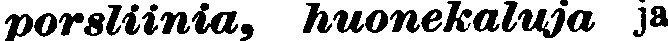
porsliinia, huonekaluja ja